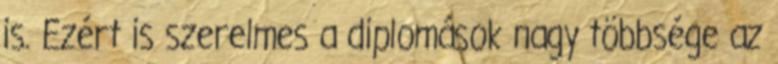
is. Ezért is szerelmes a diplomások nagy többsége az